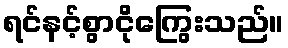
ရင်နင့်စွာငိုကြွေးသည်။